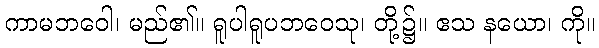
ကာမဘဝေါ၊ မည်၏။ ရူပါရူပဘဝေသု၊ တို့၌။ ဧသ နယော၊ ကို။